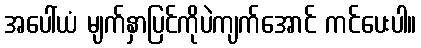
အပေါ်ယံ မျက်နှာပြင်ကိုပဲကျက်အောင် ကင်ပေးပါ။